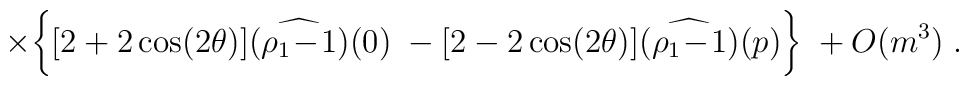
\times \bigg\{[ 2 + 2 \cos(2\theta)] \widehat{(\rho_1\!-\!1)}(0) \; -[ 2 - 2 \cos(2\theta)] \widehat{(\rho_1\!-\!1)}(p) \bigg\} \; +  O(m^3) \; .